Annual report of the Bengal Veterinary College and of the Civil Veterinary Department, Bengal, for the year 1911-1912 - 1911-1912
Year: 1911
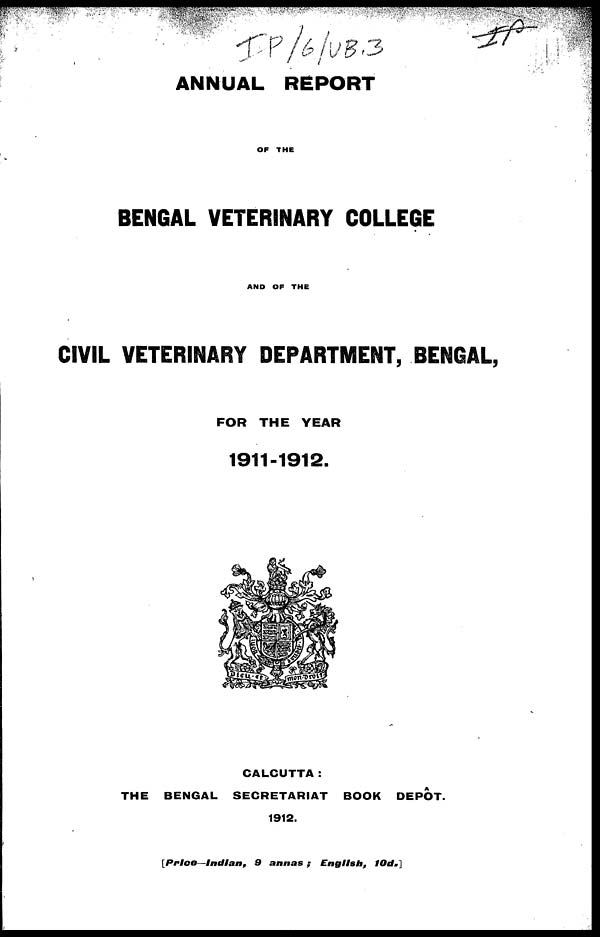
ANNUAL REPORT
OF THE
BENGAL VETERINARY COLLEGE
AND OF THE
CIVIL VETERINARY DEPARTMENT, BENGAL,
FOR THE YEAR
1911-1912.
CALCUTTA:
THE BENGAL SECRETARIAT BOOK DEPOT.
1912.
[Prlce —Indian,
9 annas;
English,
10d«]